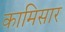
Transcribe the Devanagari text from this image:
कामिसार